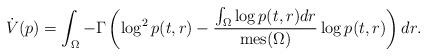
LaTeX: \begin{align*} \dot{V}(p) = \int_{\Omega}{-\Gamma\left(\log^2{p(t,r)}-\frac{\int_{\Omega}{\log{p(t,r)}dr}}{\mathrm{mes}(\Omega)}\log{p(t,r)}\right)dr}.\end{align*}